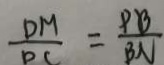
\frac { D M } { D C } = \frac { P B } { B N }